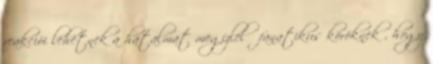
reakciói lehetnek a hatalmat megízlelő fanatikus köröknek , hogy